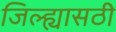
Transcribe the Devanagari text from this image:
जिल्ह्यासठी